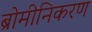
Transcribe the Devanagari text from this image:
ब्रोमीनिकरण